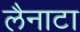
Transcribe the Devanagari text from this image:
लैनाटा